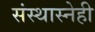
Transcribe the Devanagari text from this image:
संस्थास्नेही